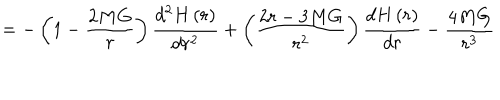
= - \left( 1 - \frac { 2 M G } { r } \right) \frac { d ^ { 2 } H \left( r \right) } { d r ^ { 2 } } + \left( \frac { 2 r - 3 M G } { r ^ { 2 } } \right) \frac { d H \left( r \right) } { d r } - \frac { 4 M G } { r ^ { 3 } }